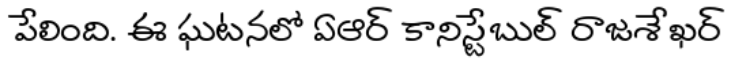
పేలింది. ఈ ఘటనలో ఏఆర్ కానిస్టేబుల్ రాజశేఖర్